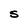
Character: S